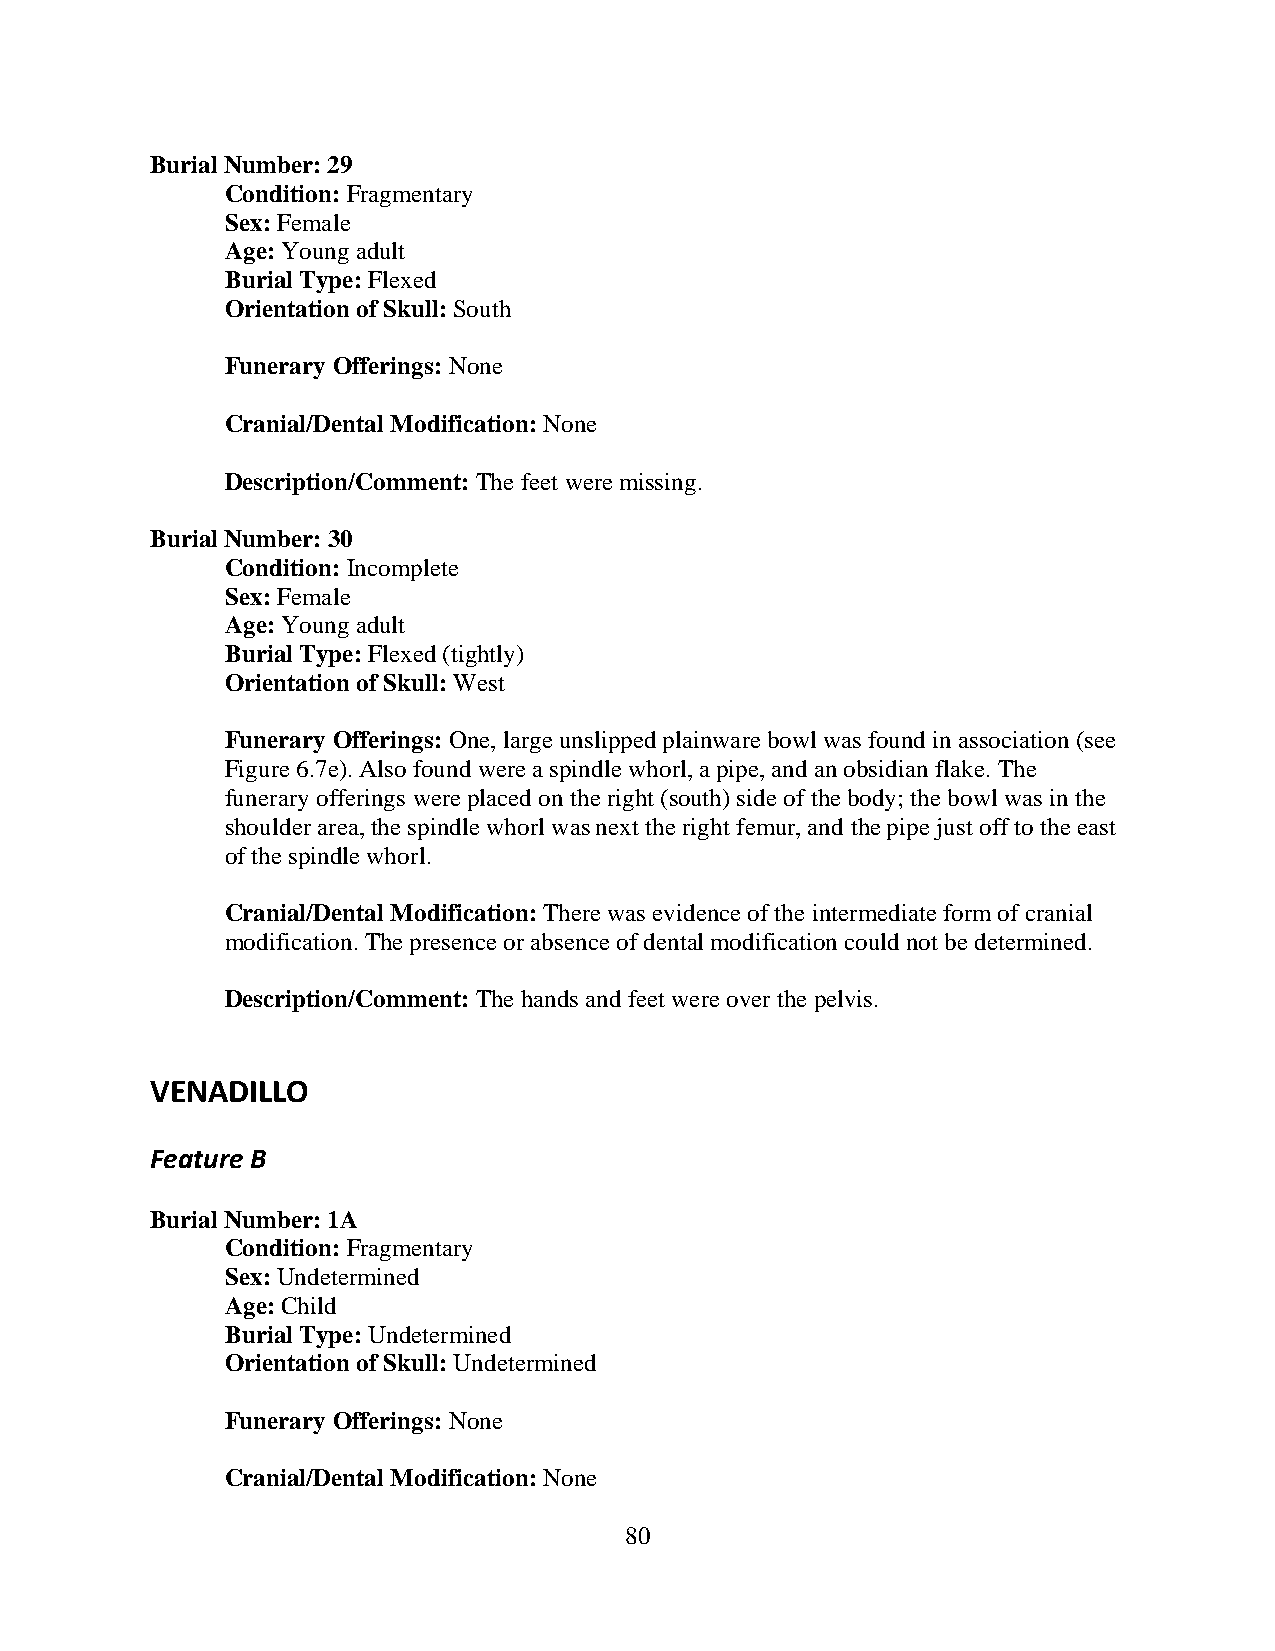
Burial Number: 29
 Condition: Fragmentary
 Sex: Female
 Age: Young adult
 Burial Type: Flexed
 Orientation of Skull: South
 Funerary Offerings: None
 Cranial/Dental Modification: None
 Description/Comment: The feet were missing.
 Burial Number: 30
 Condition: Incomplete
 Sex: Female
 Age: Young adult
 Burial Type: Flexed (tightly)
 Orientation of Skull: West
 Funerary Offerings: One, large unslipped plainware bowl was found in association (see
 Figure 6.7e). Also found were a spindle whorl, a pipe, and an obsidian flake. The
 funerary offerings were placed on the right (south) side of the body; the bowl was in the
 shoulder area, the spindle whorl was next the right femur, and the pipe just off to the east
 of the spindle whorl.
 Cranial/Dental Modification: There was evidence of the intermediate form of cranial
 modification. The presence or absence of dental modification could not be determined.
 Description/Comment: The hands and feet were over the pelvis.
 VENADILLO
 Feature B
 Burial Number: 1A
 Condition: Fragmentary
 Sex: Undetermined
 Age: Child
 Burial Type: Undetermined
 Orientation of Skull: Undetermined
 Funerary Offerings: None
 Cranial/Dental Modification: None
 80